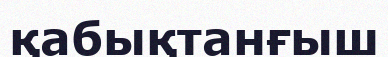
қабықтанғыш